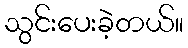
သွင်းပေးခဲ့တယ်။